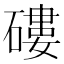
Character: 𥕍